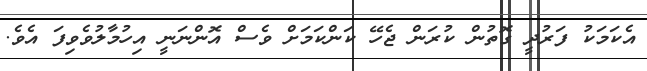
އެކަމަކު ފަރުދީ ގޮތުން ކުރަން ޖެހޭ ކަންކަމަށް ވެސް އޮންނަނީ އިހުމާލުވެވިފަ އެވެ.